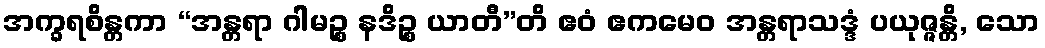
အက္ခရစိန္တကာ “အန္တရာ ဂါမဉ္စ နဒိဉ္စ ယာတီ”တိ ဧဝံ ဧကမေဝ အန္တရာသဒ္ဒံ ပယုဇ္ဇန္တိ, သော